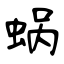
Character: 蜗